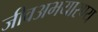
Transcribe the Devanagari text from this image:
जीवअभयारण्य